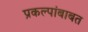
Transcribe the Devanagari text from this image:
प्रकल्पांबाबत